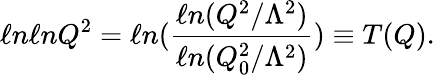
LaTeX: \ell n\ell nQ^{2}=\ell n(\frac{\ell n(Q^{2}/\Lambda^{2})}{\ell n(Q_{0}^{2}/\Lambda^{2})})\equiv T(Q).